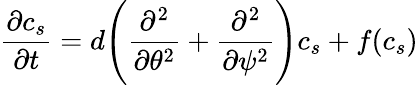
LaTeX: \frac{\partial c_{s}}{\partial t}=d\Biggr(\frac{\partial^{2}}{\partial\theta^{2}}+\frac{\partial^{2}}{\partial\psi^{2}}\Biggr)c_{s}+f(c_{s})